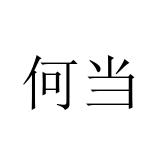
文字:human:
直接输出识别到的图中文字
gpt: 何当